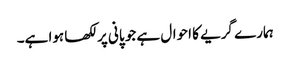
ہمارے گریے کا احوال ہے جو پانی پر لکھا ہوا ہے۔